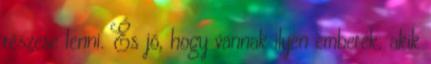
részese lenni. És jó, hogy vannak ilyen emberek, akik